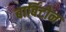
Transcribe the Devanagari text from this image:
बार्बिटोन